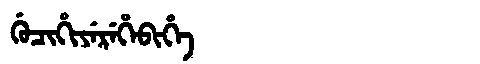
Manchu: ᡤᡠᠴᡳᡥᡳᠶᡝᡵᡝᡥᡝᠪᡳᡥᡝ
Romanization: GUCIHIYEREHEBIHE